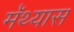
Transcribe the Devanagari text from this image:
मॅथ्यास